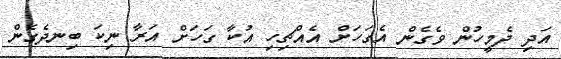
އަދި ދެމީހުން ވެގެން އެގަހަށް އެއްޗިހި އުކާ ގަހަށް އަރާ ނިކަ ބިނދެގެން